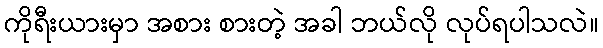
ကိုရီးယားမှာ အစား စားတဲ့ အခါ ဘယ်လို လုပ်ရပါသလဲ။